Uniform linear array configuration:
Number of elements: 32
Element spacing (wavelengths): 0.25
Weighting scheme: cosine
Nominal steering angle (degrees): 0
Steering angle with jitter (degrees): -1.122
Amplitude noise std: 0.05
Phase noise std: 0.05

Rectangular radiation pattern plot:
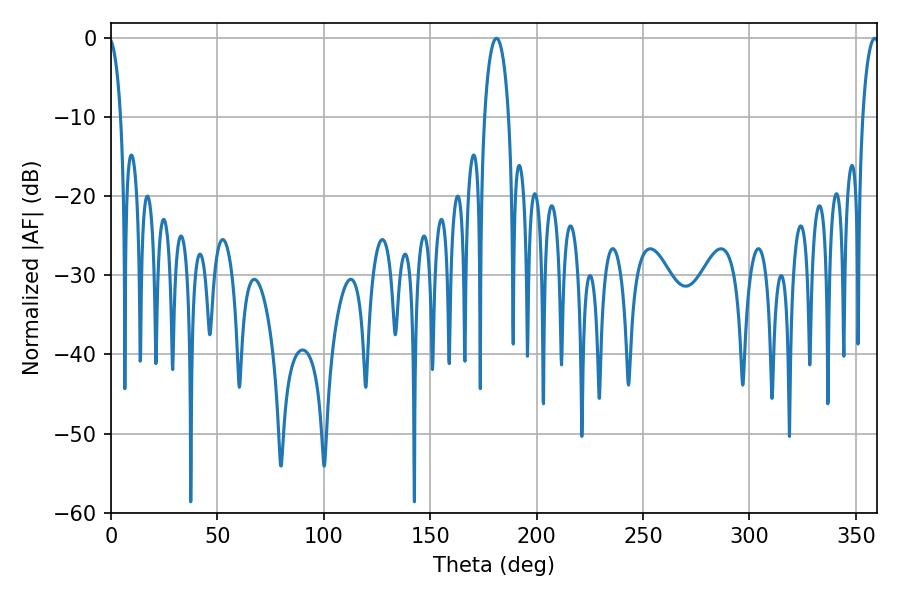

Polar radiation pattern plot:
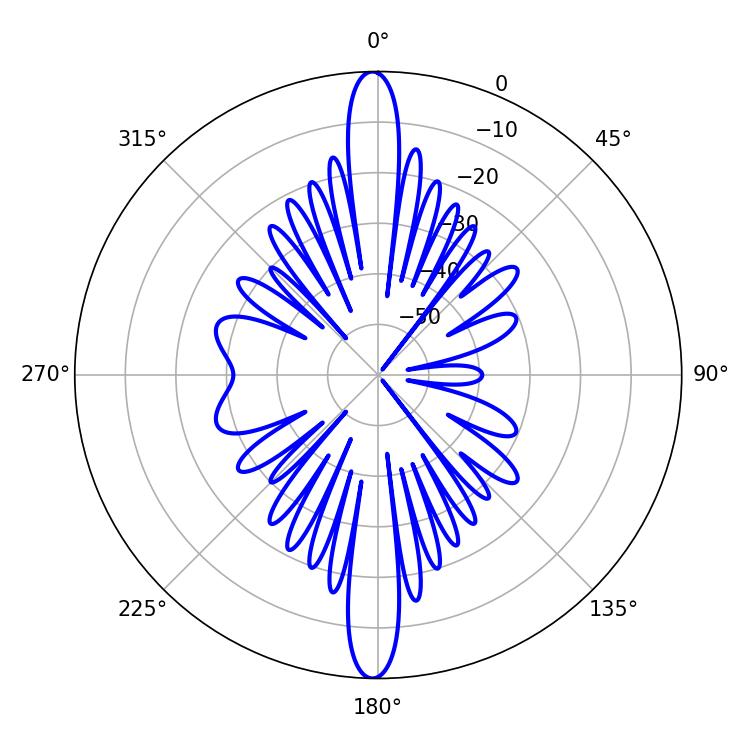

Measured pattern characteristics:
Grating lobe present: FALSE
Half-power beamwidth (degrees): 6.48
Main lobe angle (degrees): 181.08